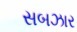
સબઝાર